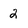
Character: 2